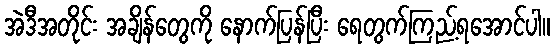
အဲဒီအတိုင်း အချိန်တွေကို နောက်ပြန်ပြီး ရေတွက်ကြည့်ရအောင်ပါ။